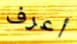
أعرف